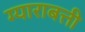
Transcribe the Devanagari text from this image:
ग्याराबत्ती